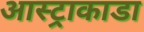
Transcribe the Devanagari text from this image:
आस्ट्राकाडा